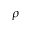
\rho